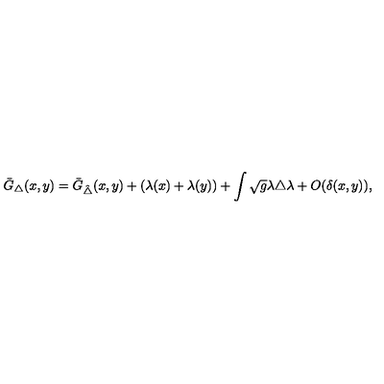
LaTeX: \bar { G } _ { \triangle } ( x , y ) = \bar { G } _ { \hat { \triangle } } ( x , y ) + ( \lambda ( x ) + \lambda ( y ) ) + \int \sqrt { g } \lambda { \triangle } \lambda + O ( \delta ( x , y ) ) ,